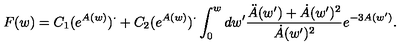
F ( w ) = C _ { 1 } ( e ^ { A ( w ) } ) ^ { \cdot } + C _ { 2 } ( e ^ { A ( w ) } ) ^ { \cdot } \int _ { 0 } ^ { w } d w ^ { \prime } \frac { \ddot { A } ( w ^ { \prime } ) + \dot { A } ( w ^ { \prime } ) ^ { 2 } } { \dot { A } ( w ^ { \prime } ) ^ { 2 } } e ^ { - 3 A ( w ^ { \prime } ) } .